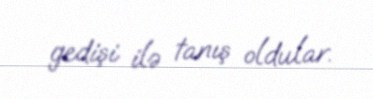
gedişi ilə tanış oldular.